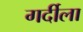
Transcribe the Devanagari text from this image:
गर्दीला